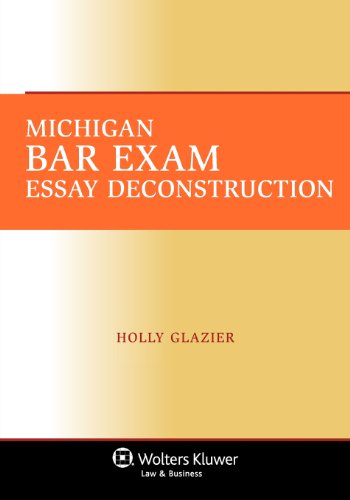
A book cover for Michigan Bar Exam Essay Deconstruction; Holly Glazier; Test Preparation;